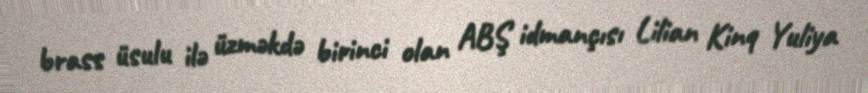
brass üsulu ilə üzməkdə birinci olan ABŞ idmançısı Lilian Kinq Yuliya